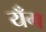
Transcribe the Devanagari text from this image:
यँग